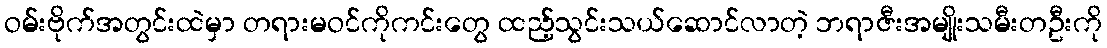
ဝမ်းဗိုက်အတွင်းထဲမှာ တရားမဝင်ကိုကင်းတွေ ထည့်သွင်းသယ်ဆောင်လာတဲ့ ဘရာဇီးအမျိုးသမီးတဦးကို